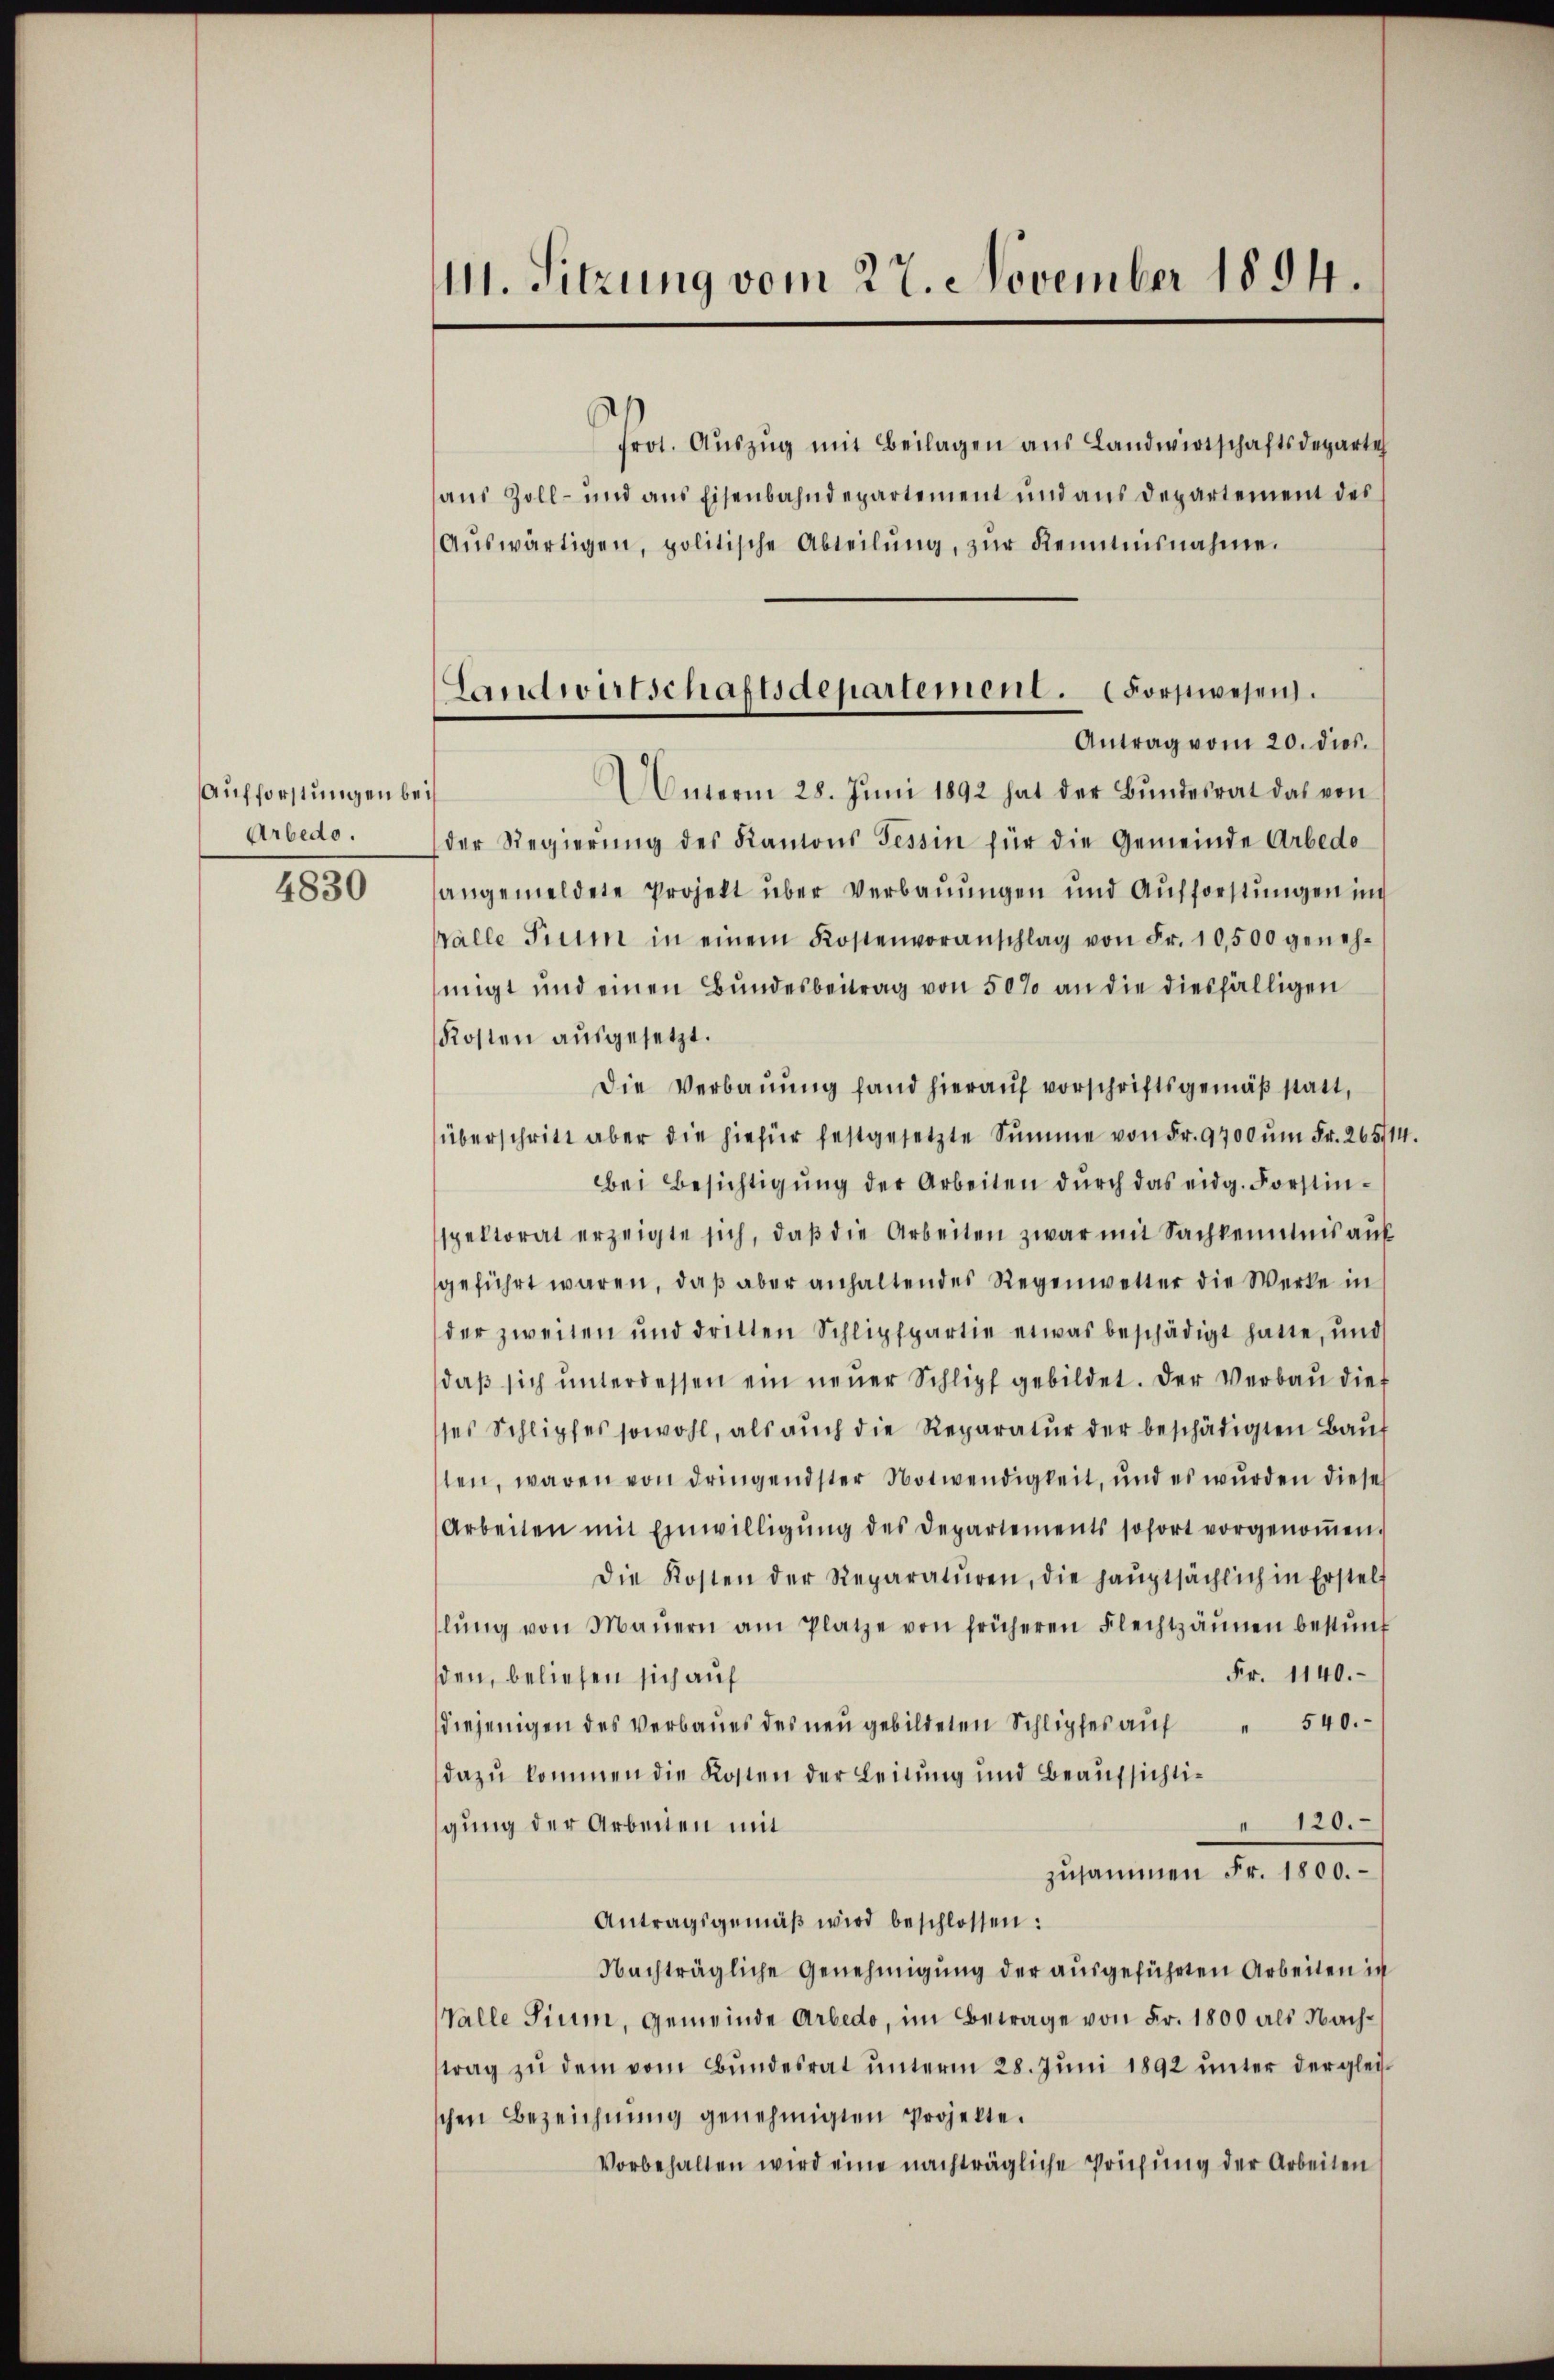
Aufforstungen be
Arbedo.

4830

11. Sitzung vom 27. November 1894.

Landwirtschaftsdepartement. (Forstwesen.
Antrag vom 20. dies.

frot. Aŭszŭg mit Beilagen aus Landwirtschaftsdeparte
aus Zoll- und aus Eisenbahndepartement und aus Departement des
Aŭswärtigen, politische Abteilŭng, zŭr Kenntnisnahme.
Unterm 28. Jŭni 1892 hat der Bŭndesrat das von
i
der Regierŭng des Kantons Tessin für die Gemeinde Arbedo
angemeldete Projekt über Verbauungen und Aufforstungen in
Valle Trum in einem Kostenvoranschlag von Fr. 10,500 geneh-
migt und einen Bundesbeitrag von 50% an die diesfälligen
Kosten ausgesetzt.
Die Verbauung fand hierauf vorschriftsgemäß statt,
überschritt aber die hiefür festgesetzte Summe von Fr. 9700 ŭm Fr. 265114.
Bei Besichtigŭng der Arbeiten dŭrch das eidg. Forstinspektorat erzeigte sich, daß die Arbeiten zwar mit Sachkenntnis auf
geführt waren, daß aber anhaltendes Regenwetter die Werke in
der zweiten und dritten Schlipfpartie etwas beschädigt hatte, und
daβ sich ŭnterdessen ein neŭer Schlipf gebildet. Der Verbau dies
sses Schlipfes sowohl, als auch die Reparatur der beschädigten Baus
ten, waren von dringendster Notwendigkeit, und es wurden diese
Arbeiten mit Einwilligŭng des Departements sofort vorgenoṁen.
Die Kosten der Reparaturen, die hauptsächlich in Erstell
lŭng von Mauern am Platze von früheren Flechtzäunen bestŭnf
Fr. 1140.
den, beliefen sich auf
diejenigen des Verbaues des neu gebildeten Schlipfes aŭf " 540.
dazu kommen die Kosten der Leitung und Beaufsichti¬
" 120.
gung der Arbeiten mit
zusammen Fr. 1800.
Antragsgemäβ wird beschlossen:
Nachträgliche Genehmigung der ausgeführten Arbeiten in
Valle Tium, Gemeinde Arbedo, im Betrage von Fr. 1800 als Nachtrag zu dem vom Bundesrat unterm 28. Juni 1892 unter der gleischen Bezeichnŭng genehmigten Projekte.
Vorbehalten wird eine nachträgliche Priehung der Arbeiten